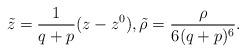
LaTeX: \begin{align*}\tilde z = \frac{1}{q+p} (z-z^0), \tilde \rho = \frac{\rho}{6(q+p)^6} .\end{align*}